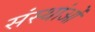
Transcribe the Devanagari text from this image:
संस्थांओं